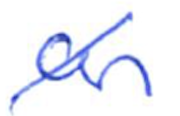
Text: an
Cross-out: diagonal
Writing tool: ballpoint